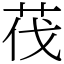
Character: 茷